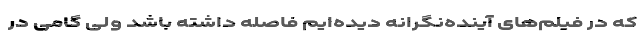
که در فیلم‌‌های آینده‌نگرانه دیده‌ایم فاصله داشته باشد ولی گامی در